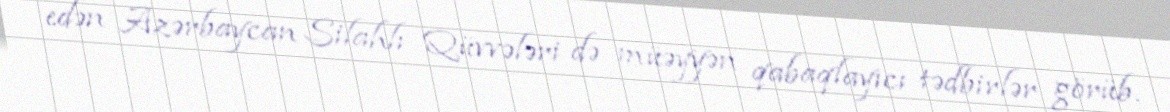
edən Azərbaycan Silahlı Qüvvələri də müəyyən qabaqlayıcı tədbirlər görüb.